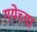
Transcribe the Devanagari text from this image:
गयेच्या